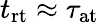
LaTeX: t_{\mathrm{rt}}\approx\tau_{\mathrm{at}}